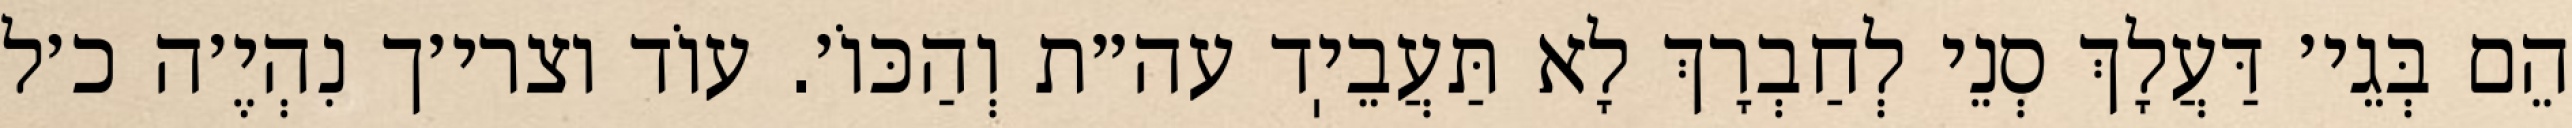
הֵם בְּגֵי׳ דַּעֲלָךְ סְנֵי לְחַבְרָךְ לָא תַּעֲבֵיֽד עה״ת וְהַכּוֹ׳. עוֹד וצרי׳ך נִהְיֶ׳ה כ׳ל